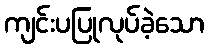
ကျင်းပပြုလုပ်ခဲ့သော